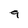
Character: 9